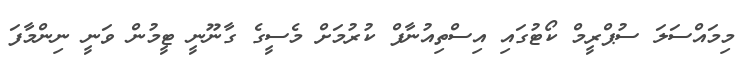
މިމައްސަލަ ސުޕްރީމް ކޯޓުގައި އިސްތިއުނާފް ކުރުމަށް މެސީގެ ގާނޫނީ ޓީމުން ވަނީ ނިންމާފަ